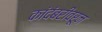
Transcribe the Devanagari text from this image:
कांदंबरीवरून